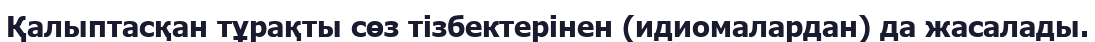
Қалыптасқан тұрақты сөз тізбектерінен (идиомалардан) да жасалады.